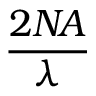
\frac { 2 N \! A } { \lambda }